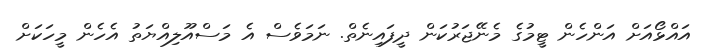
އައްޅޯއަށް އަންހެން ޓީމުގެ މެނޭޖަރުކަން ދީފައިނެތް. ނަމަވެސް އެ މަސްއޫލިއްޔަތު އެހެން މީހަކަށް